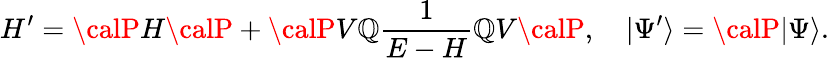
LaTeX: H^{\prime}={\calP}H{\calP}+{\calP}V{\cal\mathbb{Q}}\frac{{1}}{{E-H}}{\cal\mathbb{Q}}V{\calP},\quad|\Psi^{\prime}\rangle={\calP}|\Psi\rangle.